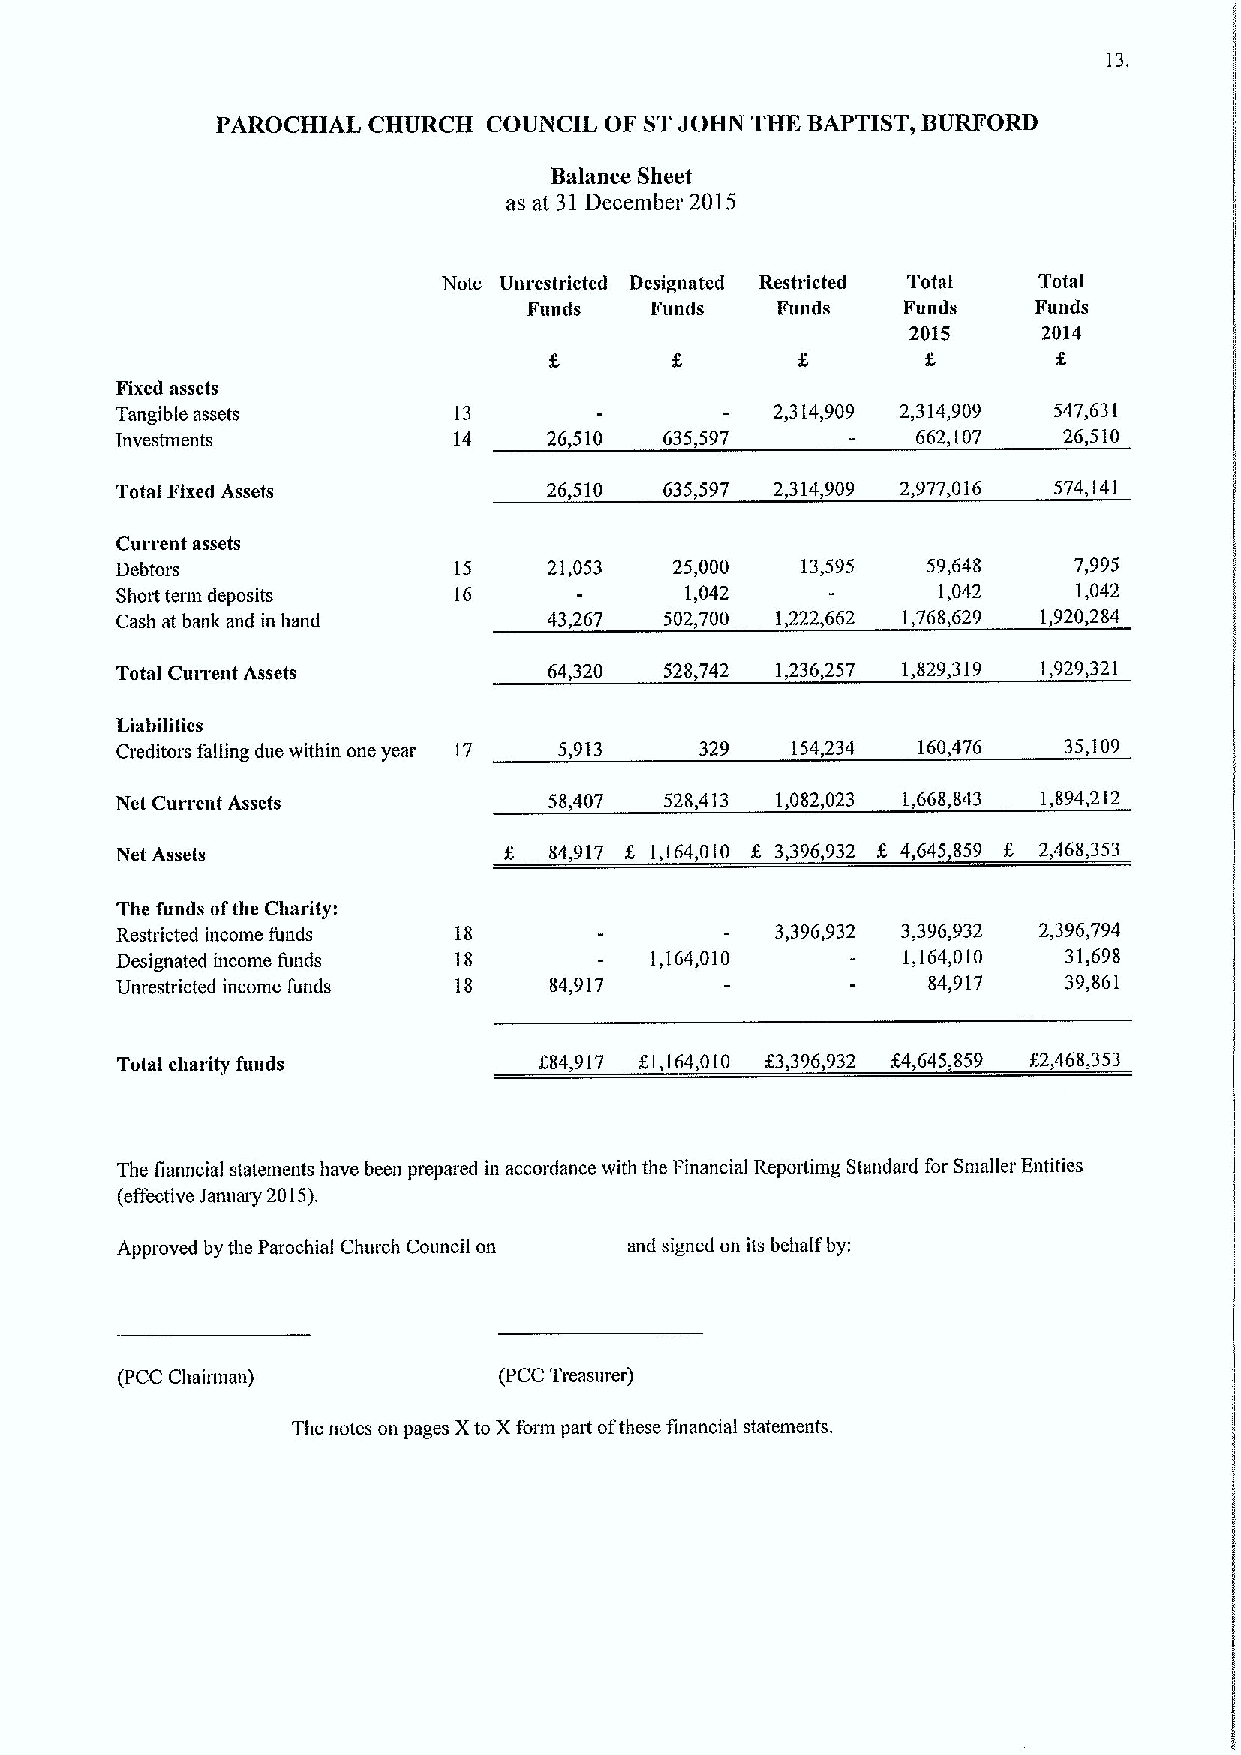
13.
 PAROCHIAL CHURCH  COUNCIL OF STJOHN THE BAPTIST, BURFORD
 Balance Sheet
 as at 31December 2015
 Note Unrestricted Designated Restricted Total Total
 Funds   Funds   Funds    Funds   Funds
 2015     2014
 Fixed assets
 Tangible assets       13                   2,314,909 2,314,909 547,631
 Investments           14    26,510  635,597          662,107  26,510
 Total Fixed Assets          26,510  635,597 2,314,909 2,977,016 574,141
 Current assets
 Debtors               15    21,053   25,000  13,595  59,648    7,995
 Shoit term deposits   16             1,042            1,042    1,042
 Cash at bank and in hand    43,267  502,700 1,222,662 1,768,629 1,920,284
 Total Current Assets        64,320  528,742 1,236,257 1,829,319 1,929,321
 Liabilities
 Creditors falling due within one year 17 5,913 329 154,234 160,476 35,109
 Net Current Assets          58,407  528,413 1,082,023 1,668,843 1,894,212
 Net Assets                  84,917 f. 1,164,010 g 3,396,932 f. 4,645,859 8 2,468,353
 The funds ofthe Charity:
 Restricted income funds 18                 3,396,932 3,396,932 2,396,794
 Designated income funds 18         1,164,010        1,164,010  31,698
 Unrestricted income funds 18 84,917                  84,917    39,861
 Total charity funds         684,917 K1,164,010 f3,396,932 64,645,859 62,468,353
 The fianncial statements have been prepared in accordance with the Financial Reportimg Standard for Smaller Entities
 (effective Januaiy 2015).
 Approved by the Parochial Church Council on and signed on its behalf by:
 (PCC Chairman)           (PCC Treasurer)
 The notes on pages Xto Xform part ofthese financial statements.